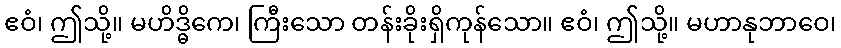
ဧဝံ၊ ဤသို့။ မဟိဒ္ဓိကေ၊ ကြီးသော တန်းခိုးရှိကုန်သော။ ဧဝံ၊ ဤသို့။ မဟာနုဘာဝေ၊